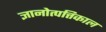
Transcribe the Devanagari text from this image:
ज्ञानोत्पत्तिकाल